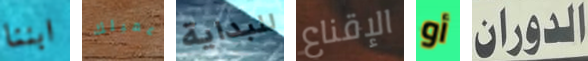
ابننا عميلك للبداية الإقناع أو الدوران